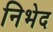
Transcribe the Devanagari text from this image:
निभेद